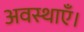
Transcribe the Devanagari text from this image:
अवस्थाएँ।